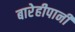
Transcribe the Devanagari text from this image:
बारेहीपानी